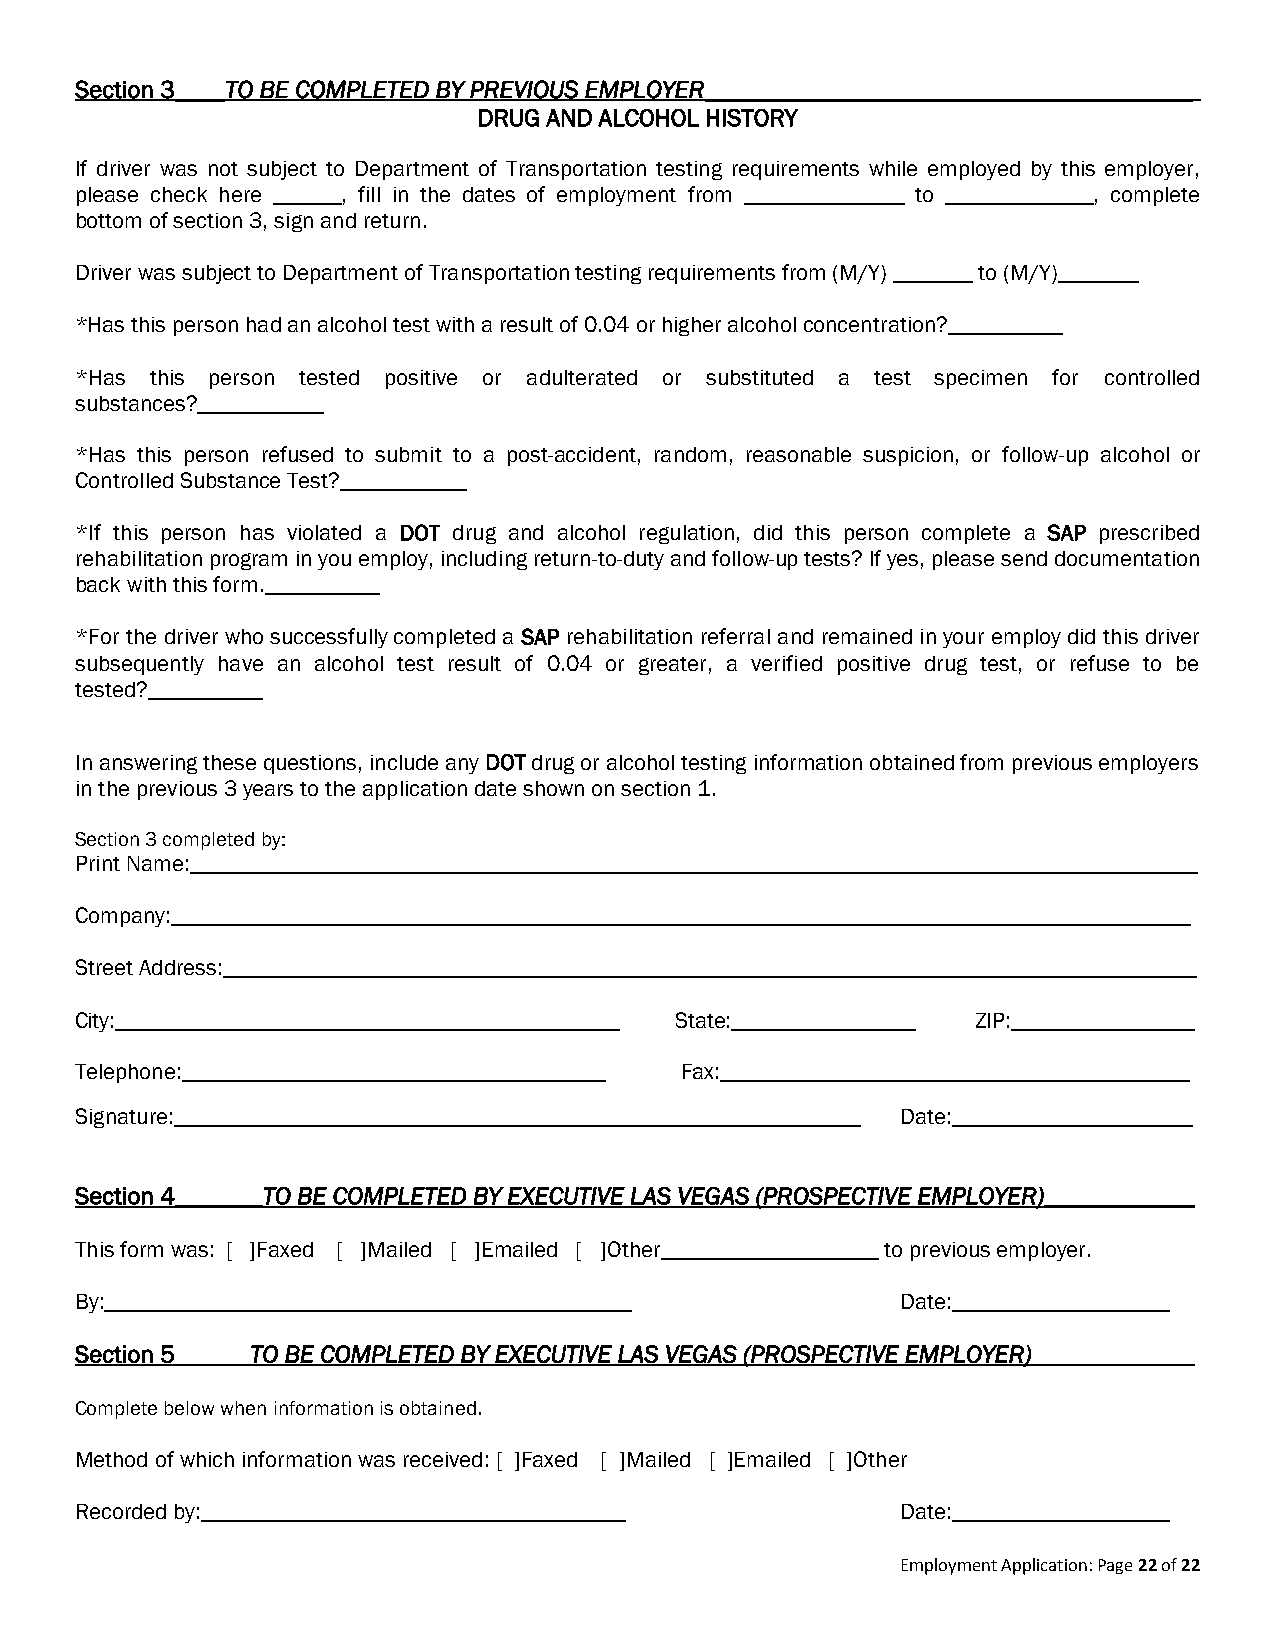
Section 3____TO BE COMPLETED BY PREVIOUS EMPLOYER_______________________________________
 DRUG AND ALCOHOL HISTORY
 If driver was not subject to Department of Transportation testing requirements while employed by this employer,
 please check here ______, fill in the dates of employment from ______________ to _____________, complete
 bottom of section 3, sign and return.
 Driver was subject to Department of Transportation testing requirements from (M/Y) _______ to (M/Y)_______
 *Has this person had an alcohol test with a result of 0.04 or higher alcohol concentration?__________
 *Has this person tested positive or adulterated or substituted a test specimen for controlled
 substances?___________
 *Has this person refused to submit to a post-accident, random, reasonable suspicion, or follow-up alcohol or
 Controlled Substance Test?___________
 *If this person has violated a DOT drug and alcohol regulation, did this person complete a SAP prescribed
 rehabilitation program in you employ, including return-to-duty and follow-up tests? If yes, please send documentation
 back with this form.__________
 *For the driver who successfully completed a SAP rehabilitation referral and remained in your employ did this driver
 subsequently have an alcohol test result of 0.04 or greater, a verified positive drug test, or refuse to be
 tested?__________
 In answering these questions, include any DOT drug or alcohol testing information obtained from previous employers
 in the previous 3 years to the application date shown on section 1.
 Section 3 completed by:
 Print Name:________________________________________________________________________________________
 Company:_________________________________________________________________________________________
 Street Address:_____________________________________________________________________________________
 City:____________________________________________ State:________________ ZIP:________________
 Telephone:_____________________________________ Fax:_________________________________________
 Signature:____________________________________________________________ Date:_____________________
 Section 4_______TO BE COMPLETED BY EXECUTIVE LAS VEGAS (PROSPECTIVE EMPLOYER)____________
 This form was: [ ]Faxed [ ]Mailed [ ]Emailed [ ]Other___________________ to previous employer.
 By:______________________________________________      Date:___________________
 Section 5______TO BE COMPLETED BY EXECUTIVE LAS VEGAS (PROSPECTIVE EMPLOYER)_____________
 Complete below when information is obtained.
 Method of which information was received: [ ]Faxed [ ]Mailed [ ]Emailed [ ]Other
 Recorded by:_____________________________________      Date:___________________
 Employment Application: Page 22 of 22